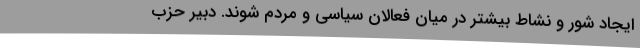
ایجاد شور و نشاط بیشتر در میان فعالان سیاسی و مردم شوند. دبیر حزب